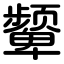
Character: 颦